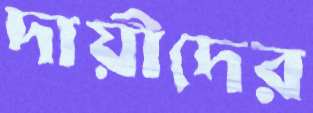
দায়ীদের